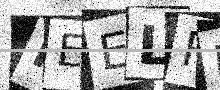
Text: PEELRK